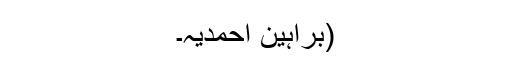
(براہین احمدیہ۔